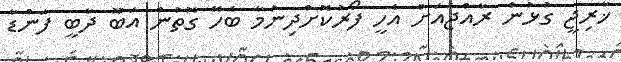
ޚާރިޖީ ގުޅުން ރާއްޖެއަށް އެހީ ފޯރުކޮށްދިނުމާ ބެހޭ ގޮތުން އަބޫ ދާބީ ފަންޑާ